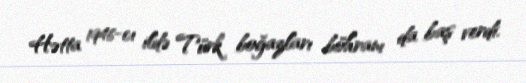
Hətta 1946-cı ildə Türk boğazları böhranı da baş verdi.